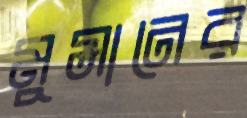
মুসানের